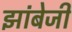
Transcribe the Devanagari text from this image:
झांबेजी